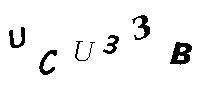
UCU33B